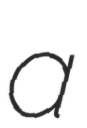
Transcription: a